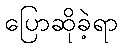
ပြောဆိုခဲ့ရာ